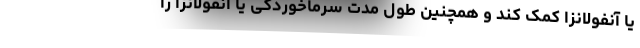
یا آنفولانزا کمک کند و همچنین طول مدت سرماخوردگی یا آنفولانزا را